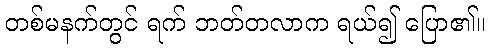
တစ်မနက်တွင် ရက် ဘတ်တလာက ရယ်၍ ပြော၏။